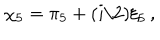
\chi _ { 5 } = \pi _ { 5 } + ( i / 2 ) \xi _ { 5 } \, ,